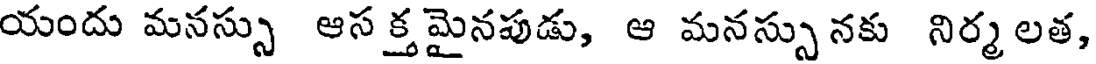
యందు మనస్సు ఆస క్త మైనపుడు, ఆ మనస్సు నకు నిర్మ లత,